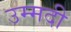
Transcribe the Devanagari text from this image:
उम्मदी